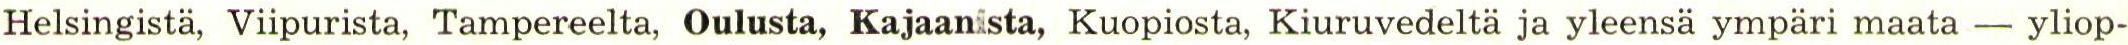
Helsingistä, Viipurista, Tampereelta, Oulusta, Kajaanista, Kuopiosta, Kiuruvedeltä ja yleensä ympäri maata  yliop-